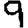
Digit: 9